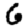
Digit: 6